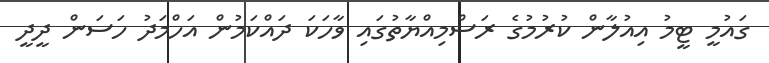
ގައުމީ ޓީމު އިއުލާން ކުރުމުގެ ރަސްމިއްޔާތުގައި ވާހަކަ ދައްކަމުން އަހްމަދު ހަސަން ދީދީ